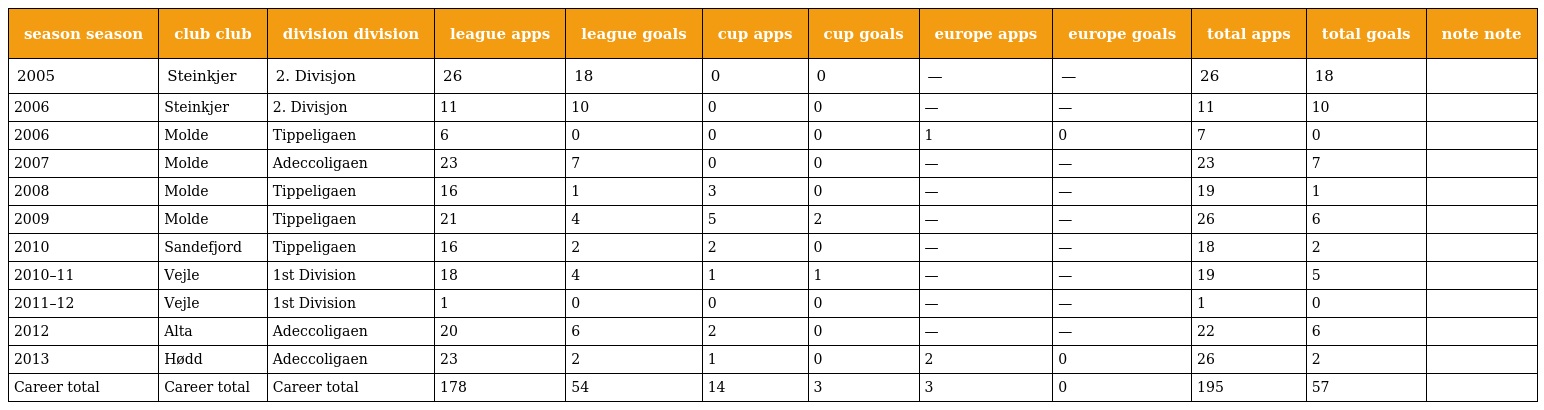
| season season | club club | division division | league apps | league goals | cup apps | cup goals | europe apps | europe goals | total apps | total goals | note note |
 | --- | --- | --- | --- | --- | --- | --- | --- | --- | --- | --- | --- |
 | 2005 | Steinkjer | 2. Divisjon | 26 | 18 | 0 | 0 | — | — | 26 | 18 |  |
 | 2006 | Steinkjer | 2. Divisjon | 11 | 10 | 0 | 0 | — | — | 11 | 10 |  |
 | 2006 | Molde | Tippeligaen | 6 | 0 | 0 | 0 | 1 | 0 | 7 | 0 |  |
 | 2007 | Molde | Adeccoligaen | 23 | 7 | 0 | 0 | — | — | 23 | 7 |  |
 | 2008 | Molde | Tippeligaen | 16 | 1 | 3 | 0 | — | — | 19 | 1 |  |
 | 2009 | Molde | Tippeligaen | 21 | 4 | 5 | 2 | — | — | 26 | 6 |  |
 | 2010 | Sandefjord | Tippeligaen | 16 | 2 | 2 | 0 | — | — | 18 | 2 |  |
 | 2010–11 | Vejle | 1st Division | 18 | 4 | 1 | 1 | — | — | 19 | 5 |  |
 | 2011–12 | Vejle | 1st Division | 1 | 0 | 0 | 0 | — | — | 1 | 0 |  |
 | 2012 | Alta | Adeccoligaen | 20 | 6 | 2 | 0 | — | — | 22 | 6 |  |
 | 2013 | Hødd | Adeccoligaen | 23 | 2 | 1 | 0 | 2 | 0 | 26 | 2 |  |
 | Career total | Career total | Career total | 178 | 54 | 14 | 3 | 3 | 0 | 195 | 57 |  |